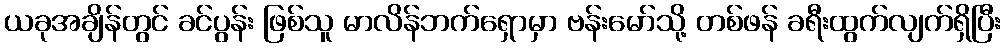
ယခုအချိန်တွင် ခင်ပွန်း ဖြစ်သူ မာလိန်ဘက်ရှောမှာ ဗန်းမော်သို့ တစ်ဖန် ခရီးထွက်လျက်ရှိပြီး